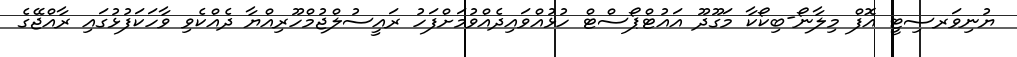
ޔުނިވަރސިޓީ އޮފް މިލާނޯ-ބިކޯކާ މަގޫދޫ އައުޓްޕޯސްޓް ހުޅުއްވައިދެއްވުމަށްފަހު ރައީސުލްޖުމްހޫރިއްޔާ ދެއްކެވި ވާހަކަފުޅުގައި ރާއްޖޭގެ